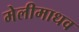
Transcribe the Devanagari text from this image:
मेलीमाधव